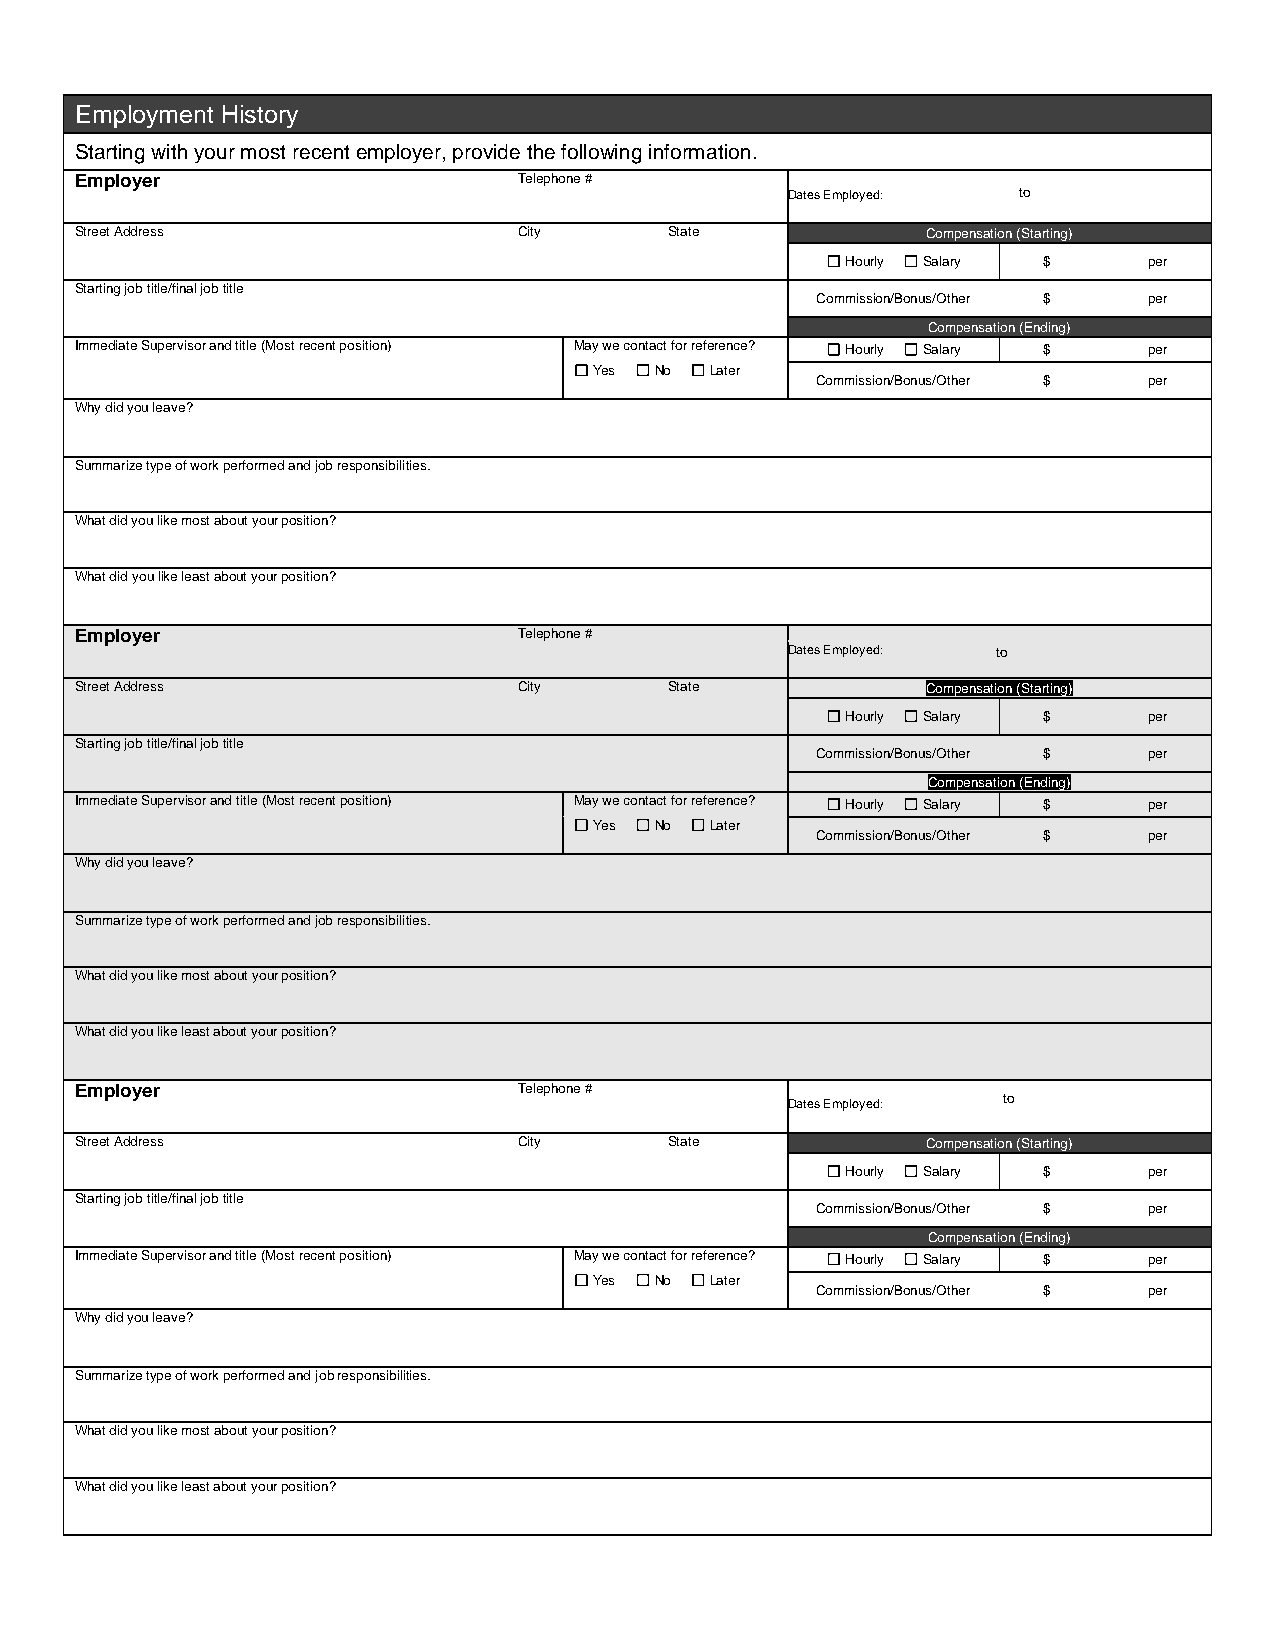
Employment History
 Starting with your most recent employer, provide the following information.
 Employer                     Telephone #
 Dates Employed: to
 Street Address               City      State            Compensation (Starting)
 Hourly Salary $     per
 Starting job title/final job title
 Commission/Bonus/Other $ per
 Compensation (Ending)
 Immediate Supervisor and title (Most recent position) May we contact for reference? Hourly Salary $ per
 Yes No  Later
 Commission/Bonus/Other $ per
 Why did you leave?
 Summarize type of work performed and job responsibilities.
 What did you like most about your position?
 What did you like least about your position?
 Employer                     Telephone #
 Dates Employed: to
 Street Address               City      State            Compensation (Starting)
 Hourly Salary $     per
 Starting job title/final job title
 Commission/Bonus/Other $ per
 Compensation (Ending)
 Immediate Supervisor and title (Most recent position) May we contact for reference? Hourly Salary $ per
 Yes No  Later
 Commission/Bonus/Other $ per
 Why did you leave?
 Summarize type of work performed and job responsibilities.
 What did you like most about your position?
 What did you like least about your position?
 Employer                     Telephone #
 Dates Employed: to
 Street Address               City      State            Compensation (Starting)
 Hourly Salary $     per
 Starting job title/final job title
 Commission/Bonus/Other $ per
 Compensation (Ending)
 Immediate Supervisor and title (Most recent position) May we contact for reference? Hourly Salary $ per
 Yes No  Later
 Commission/Bonus/Other $ per
 Why did you leave?
 Summarize type of work performed and job responsibilities.
 What did you like most about your position?
 What did you like least about your position?